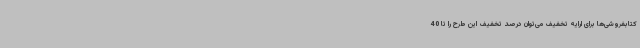
کتابفروشی‌ها برای ارایه تخفیف می‌توان درصد تخفیف این طرح را تا 40